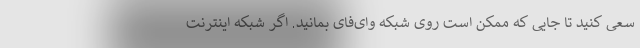
سعی کنید تا جایی که ممکن است روی شبکه وای‌فای بمانید. اگر شبکه اینترنت